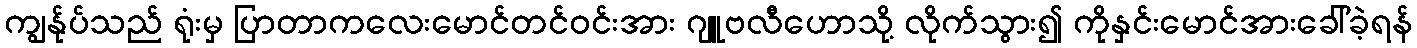
ကျွန်ုပ်သည် ရုံးမှ ပြာတာကလေးမောင်တင်ဝင်းအား ဂျူဗလီဟောသို့ လိုက်သွား၍ ကိုနှင်းမောင်အားခေါ်ခဲ့ရန်